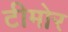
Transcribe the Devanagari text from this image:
टीमोर